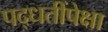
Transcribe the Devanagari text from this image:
पद्धतींपेक्षा